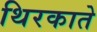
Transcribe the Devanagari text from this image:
थिरकाते